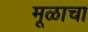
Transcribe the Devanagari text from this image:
मूळाचा